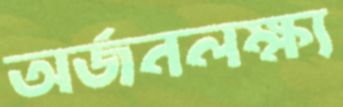
অর্জনলক্ষ্য